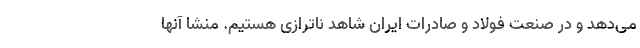
می‌دهد و در صنعت فولاد و صادرات ایران شاهد ناترازی هستیم. منشا آنها